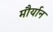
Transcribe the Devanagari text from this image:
मौर्यान